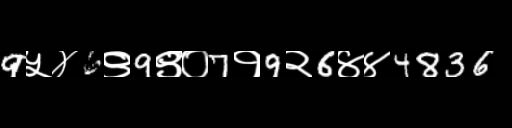
Text: 9५४6९9९०7१9२6४४4836